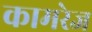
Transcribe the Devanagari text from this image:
कामरेज